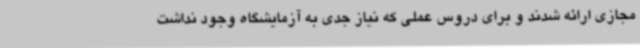
مجازی ارائه شدند و برای دروس عملی که نیاز جدی به آزمایشگاه وجود نداشت